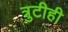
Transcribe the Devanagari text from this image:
त्रुटीही